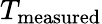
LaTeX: T_{\mathrm{{measured}}}